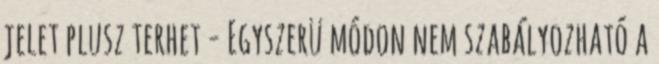
jelet plusz terhet - Egyszerü módon nem szabályozható a